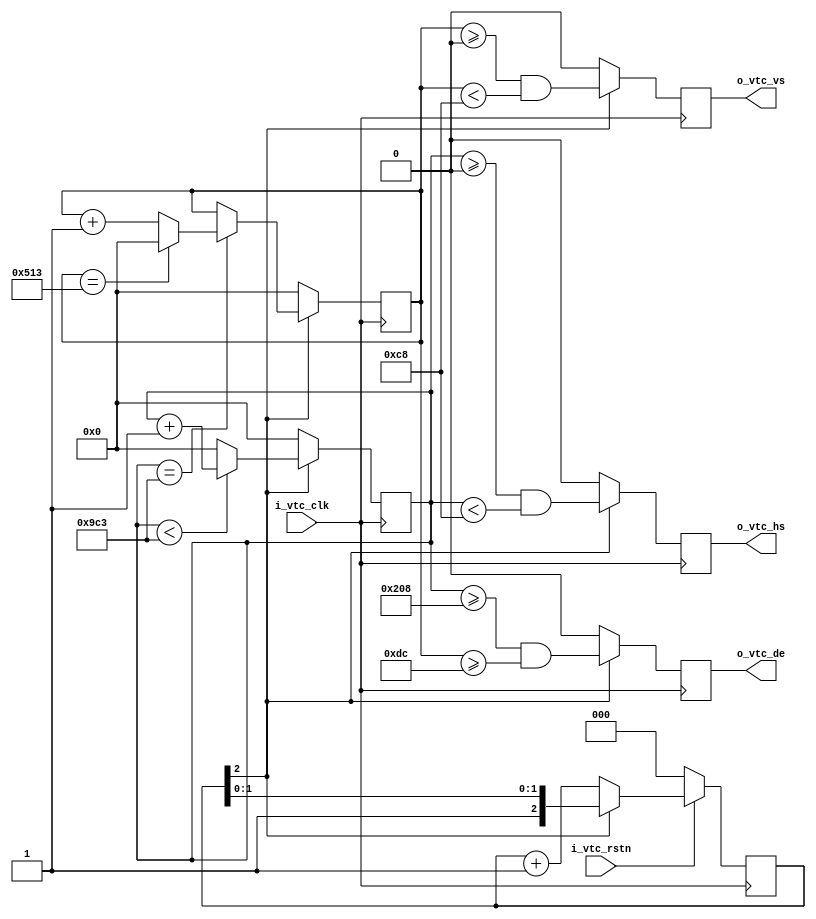
`timescale 1ns / 1ps
//////////////////////////////////////////////////////////////////////////////////
// Company: 
// Engineer: 
// 
// Design Name: 
// Module Name: h_vtc
// Project Name: 
// Target Devices: 
// Tool Versions: 
// Description: 
// 
// Dependencies: 
// 
// Revision:
// Revision 0.01 - File Created
// Additional Comments:
// 
//////////////////////////////////////////////////////////////////////////////////


module h_vtc#
(
parameter H_ActiveSize  =   1980, 
parameter H_FrameSize   =   2500, 
parameter H_SyncStart   =   0, 
parameter H_SyncEnd     =   200, 

parameter V_ActiveSize  =   1080, 
parameter V_FrameSize   =   1300, 
parameter V_SyncStart   =   0, 
parameter V_SyncEnd     =   200
)
(
input           i_vtc_rstn,
input			i_vtc_clk,
output	reg		o_vtc_vs,
output  reg     o_vtc_hs,
output  reg     o_vtc_de	
);

localparam H_Active_Start=H_FrameSize-H_ActiveSize;
localparam H_Active_End=H_FrameSize;

localparam V_Active_Start=V_FrameSize-V_ActiveSize;
localparam V_Active_End=V_FrameSize;

reg [11:0] hcnt = 12'd0;    
reg [11:0] vcnt = 12'd0;       
reg [2 :0] rst_cnt = 3'd0;
wire rst_sync = rst_cnt[2];

always @(posedge i_vtc_clk)begin
    if(!i_vtc_rstn)
        rst_cnt <= 3'd0;
    else if(rst_cnt[2] == 1'b0)
        rst_cnt <= rst_cnt + 1'b1;
end


always @(posedge i_vtc_clk)begin
    if(rst_sync == 1'b0)
        hcnt <= 12'd0;
    else if(hcnt < (H_FrameSize - 1'b1))
        hcnt <= hcnt + 1'b1;
    else 
        hcnt <= 12'd0;
end

always @(posedge i_vtc_clk)begin
    if(rst_sync == 1'b0)
        vcnt <= 12'd0;
    else if(hcnt == (H_FrameSize  - 1'b1)) begin
           vcnt <= (vcnt == (V_FrameSize - 1'b1)) ? 12'd0 : vcnt + 1'b1;
    end
end 

wire hs_valid  =  hcnt >= H_Active_Start;
wire vs_valid  =  vcnt >= V_Active_Start;
wire vtc_hs   =  (hcnt >= H_SyncStart && hcnt < H_SyncEnd);
wire vtc_vs	   = (vcnt >= V_SyncStart && vcnt < V_SyncEnd);      
wire vtc_de   =  hs_valid && vs_valid;



always @(posedge i_vtc_clk)begin
	if(rst_sync == 1'b0)begin
		o_vtc_vs <= 1'b0;
		o_vtc_hs <= 1'b0;
		o_vtc_de <= 1'b0;
	end
	else begin
		o_vtc_vs <= vtc_vs;
		o_vtc_hs <= vtc_hs;
		o_vtc_de <= vtc_de;	
	end
end

endmodule